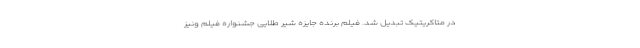
در متاکریتیک تبدیل شد. فیلم برندهٔ جایزه شیر طلایی جشنواره فیلم ونیز